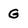
Character: G